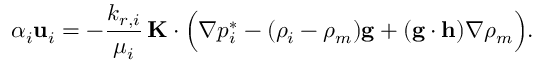
\alpha _ { i } \mathbf { u } _ { i } = - \frac { k _ { r , i } } { \mu _ { i } } \, \mathbf { K } \cdot \Big ( \nabla p _ { i } ^ { * } - ( \rho _ { i } - \rho _ { m } ) \mathbf { g } + ( \mathbf { g } \cdot \mathbf { h } ) \nabla \rho _ { m } \Big ) .